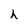
Character: h